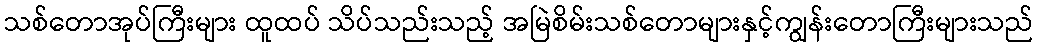
သစ်တောအုပ်ကြီးများ ထူထပ် သိပ်သည်းသည့် အမြဲစိမ်းသစ်တောများနှင့်ကျွန်းတောကြီးများသည်